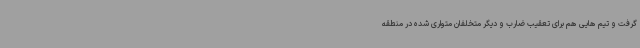
گرفت و تیم هایی هم برای تعقیب ضارب و دیگر متخلفان متواری شده در منطقه